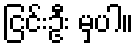
ငြင်းဦး မှပါ။